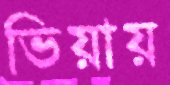
ভিয়ায়